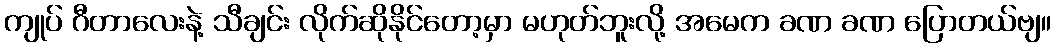
ကျုပ် ဂီတာလေးနဲ့ သီချင်း လိုက်ဆိုနိုင်တော့မှာ မဟုတ်ဘူးလို့ အမေက ခဏ ခဏ ပြောတယ်ဗျ။